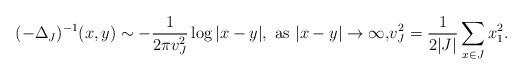
LaTeX: \begin{align*} (-\Delta_J)^{-1}(x,y) \sim -\frac{1}{2\pi v_J^2} \log|x-y|, \text{ as $|x-y|\to \infty$,} v_J^2 = \frac{1}{2|J|} \sum_{x \in J} x_1^2.\end{align*}